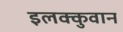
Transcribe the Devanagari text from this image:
इलक्कुवान